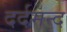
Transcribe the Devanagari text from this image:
दर्दमन्द